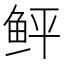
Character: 鲆